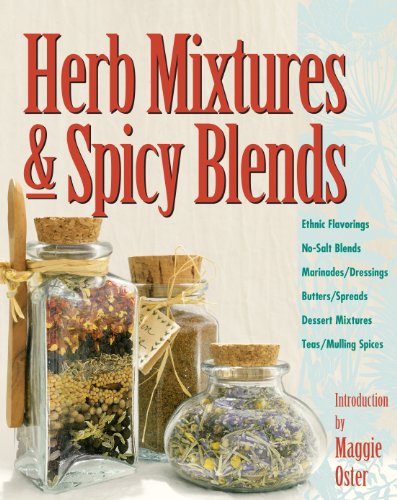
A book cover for Herb Mixtures & Spicy Blends: Ethnic Flavorings, No-Salt Blends, Marinades/Dressings, Butters/Spreads, Dessert Mixtures, Teas/Mulling Spices; Cookbooks, Food & Wine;